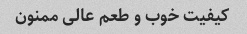
کیفیت خوب و طعم عالی ممنون